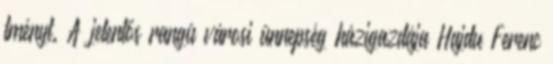
tményt. A jelentős rangú városi ünnepség házigazdája Hajdu Ferenc